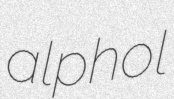
alphol